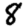
Digit: 8